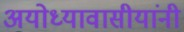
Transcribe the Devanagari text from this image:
अयोध्यावासीयांनी